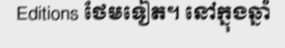
Editions ថែមទៀត។ នៅក្នុងឆ្នាំ